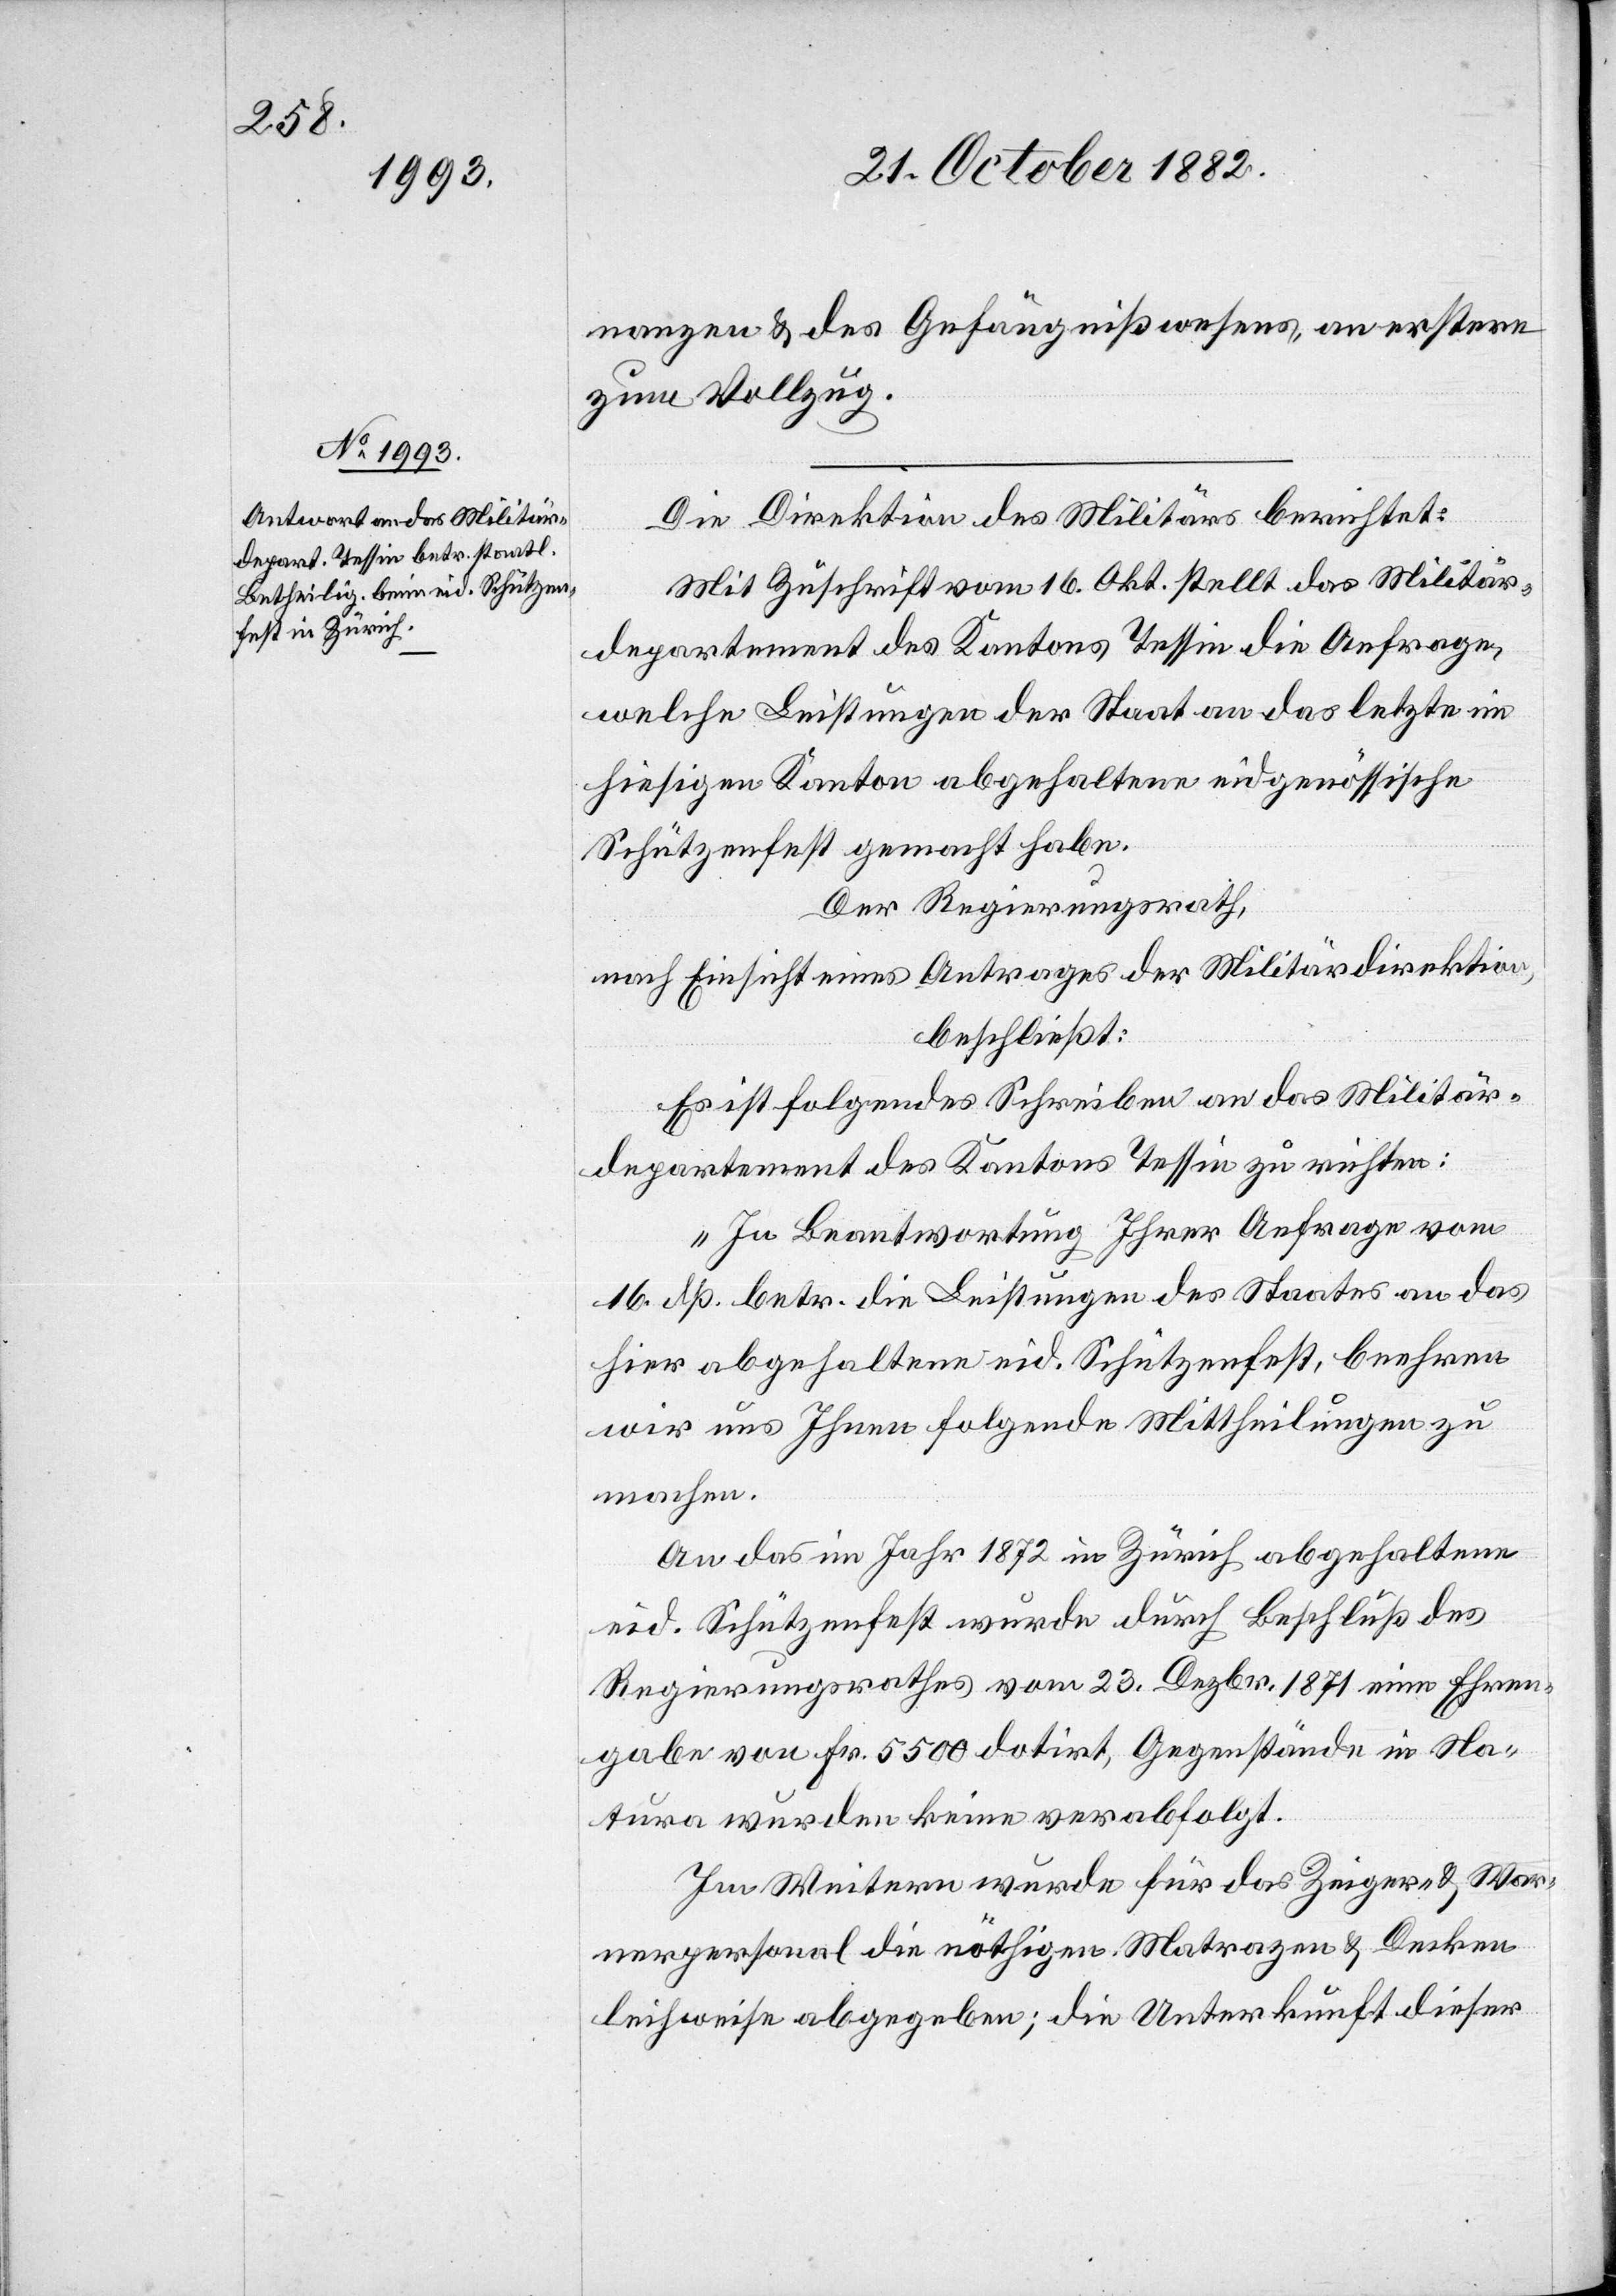
nanzen & des Gefängnißwesens, an erstere
zum Vollzug.
Die Direktion des Militärs berichtet:
Mit Zuschrift vom 16. Okt. stellt das Militär¬
departement des Kantons Tessin die Anfrage,
welche Leistungen der Staat an das letzte im
hiesigen Kanton abgehaltene eidgenössische
Schützenfest gemacht habe.
Der Regierungsrath,
nach Einsicht eines Antrages der Militärdirektion,
beschließt:
Es ist folgendes Schreiben an das Militär¬
departement des Kantons Tessin zu richten:
„In Beantwortung Ihrer Anfrage vom
16. dß. betr. die Leistungen des Staates an das
hier abgehaltene eid. Schützenfest, beehren
wird uns Ihnen folgende Mittheilungen zu
machen.
An das im Jahr 1872 in Zürich abgehaltene
eid. Schützenfest wurde durch Beschluß des
Regierungsrathes vom 23. Dezbr. 1871 eine Ehren¬
gabe von Fr. 5500 dotirt, Gegenwände in na¬
tura wurden keine verabfolgt.
Im Weitern wurde[n] für das Zeiger- & War¬
nerpersonal die nöthigen Matrazen & Decken
leihweise abgegeben; die Unterkunft dieser